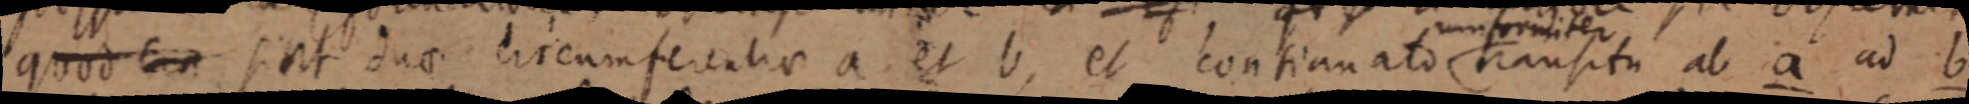
quod _ sint duae circumferentia a et b, et contianato transitu ab a ad b